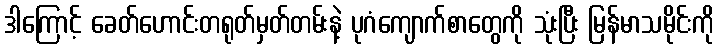
ဒါကြောင့် ခေတ်ဟောင်းတရုတ်မှတ်တမ်းနဲ့ ပုဂံကျောက်စာတွေကို သုံးပြီး မြန်မာသမိုင်းကို